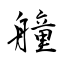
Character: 艟